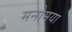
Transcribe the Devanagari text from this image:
मनोमया